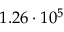
1 . 2 6 \cdot 1 0 ^ { 5 }